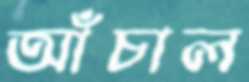
আঁচাল